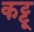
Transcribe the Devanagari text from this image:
कट्टू